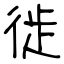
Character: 徙